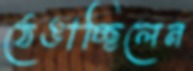
ঠেঙাচ্ছিলেন